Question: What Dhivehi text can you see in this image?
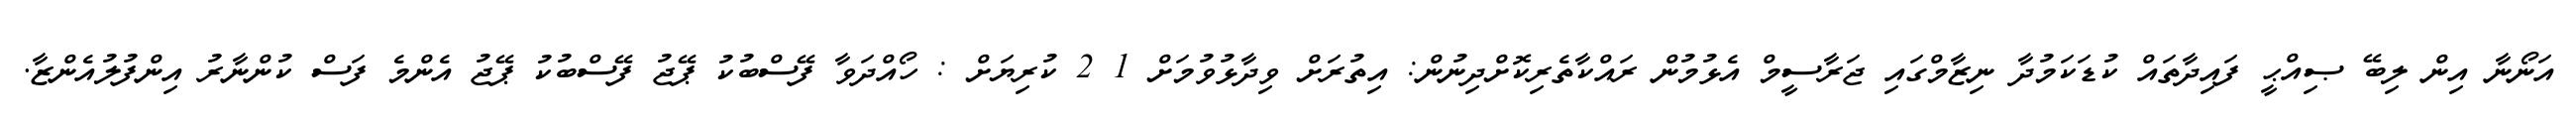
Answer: އަނޯނާ އިން ލިބޭ ޞިއްޙީ ފައިދާތައް ކުޑަކަމުދާ ނިޒާމްގައި ޖަރާސީމް އެޅުމުން ރައްކާތެރިކޮށްދިނުން: އިތުރަށް ވިދާޅުވުމަށް 1 2 ކުރިޔަށް : ހޯއްދަވާ ފޭސްބުކު ޕޭޖު ފޭސްބުކު ޕޭޖު އެންމެ ފަސް ކުންނާރު އިންފުލުއެންޒާ.